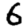
Digit: 6